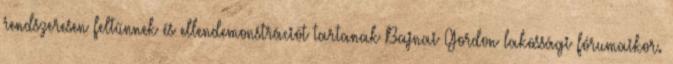
rendszeresen feltűnnek és ellendemonstrációt tartanak Bajnai Gordon lakossági fórumaikor.